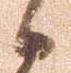
候